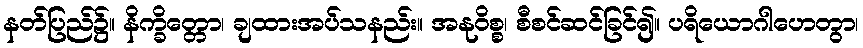
နတ်ပြည်၌။ နိက္ခိတ္တော၊ ချထားအပ်သနည်း။ အနုဝိစ္စ၊ စီစင်ဆင်ခြင်၍။ ပရိယောဂါဟေတွာ၊